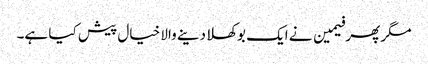
مگر پھر فیمین نے ایک بوکھلا دینے والا خیال پیش کیا ہے۔